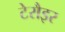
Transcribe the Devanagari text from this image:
टेरौइर